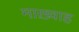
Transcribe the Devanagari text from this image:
माख़्वाह